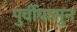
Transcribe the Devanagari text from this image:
पुर्वीपासुन